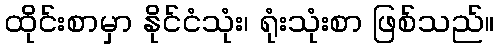
ထိုင်းစာမှာ နိုင်ငံသုံး၊ ရုံးသုံးစာ ဖြစ်သည်။